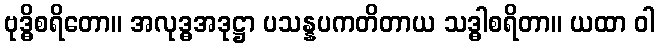
ဗုဒ္ဓိစရိတော။ အလုဒ္ဓအဒုဋ္ဌာ ပသန္နပကတိတာယ သဒ္ဓါစရိတာ။ ယထာ ဝါ